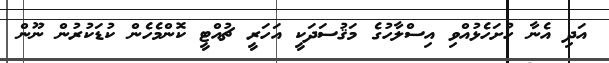
އަދި އެނާ ހުށަހެޅުއްވި އިސްލާހުގެ މަޤުސަދަކީ އަހަރީ ޗުއްޓީ ކޮންމެހެން ކުޑަކުރުން ނޫން